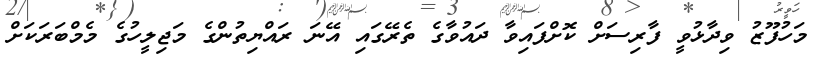
މަހުފޫޒު ވިދާޅުވީ ފާރިސަށް ކޮށްފައިވާ ދައުވާގެ ތެރޭގައި އޭނަ ރައްޔިތުންގެ މަޖިލީހުގެ މެމްބަރަކަށް